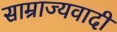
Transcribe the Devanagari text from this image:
साम्राज्‍यवादी